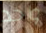
واحد